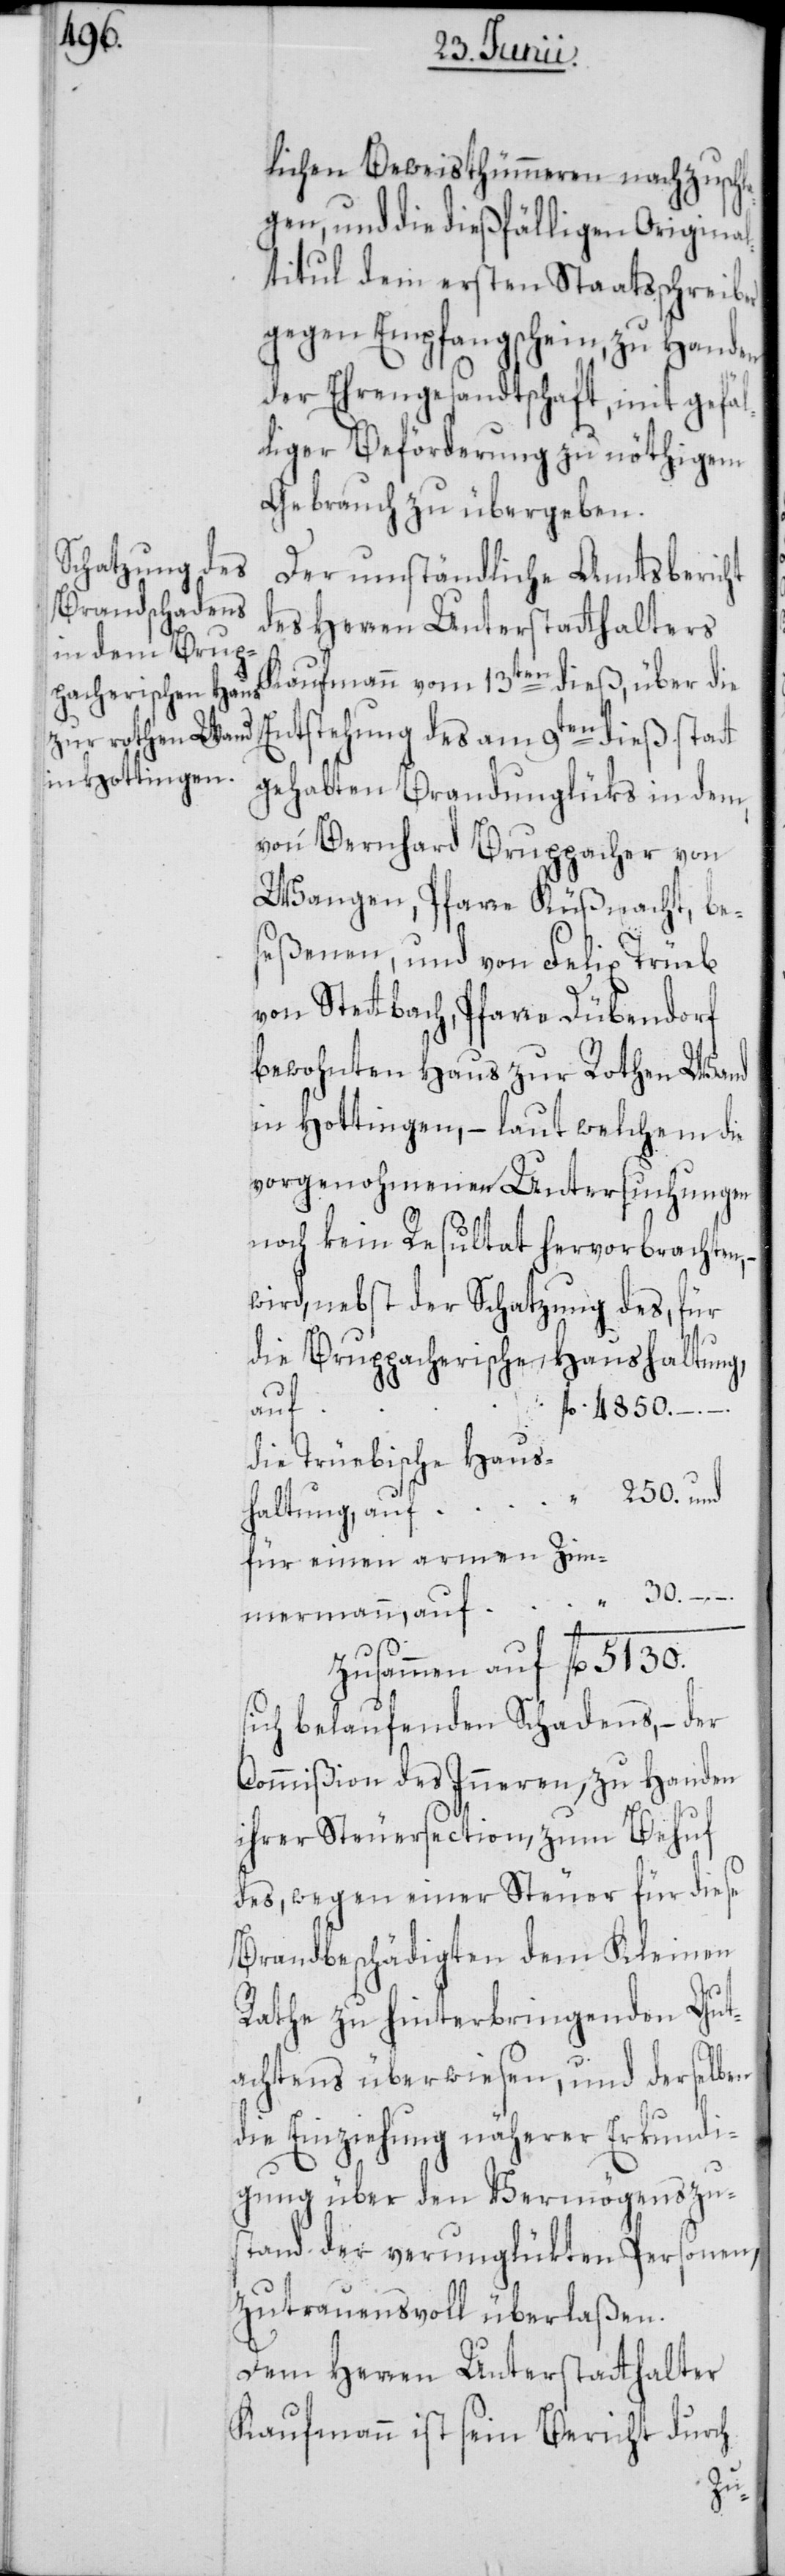
lichen Beweisthümmeren nachzuschl¬
agen, und die dießfälligen Original¬
titul dem ersten Staatsschreiber
gegen Empfangsschein, zu Handen
der Ehrengesandtschaft, mit gefäl¬
liger Beförderung zu nöthigem
Gebrauch zu übergeben.
Der umständliche Amtsbericht
des Herren Unterstatthalters
Kaufmann vom 13ten dieß, über die
Entstehung des am 9ten dieß statt
gehabten Brandunglüks in dem,
von Bernhard Bruppacher von
Wangen, Pfarre Küßnacht, be¬
seßenen, und von Felix Trüeb
von Stettbach, Pfarre Dübendorf,
bewohnten Haus zur Rothen Wand
in Hottingen, – laut welchem die
vorgenohmenen Untersuchungen
noch kein Resultat hervorbrachten,
wird, nebst der Schatzung des, für
die Bruppacherische Haushaltung,
“
auf
fl. 4850.
die Trüebische Haus¬
“ 250. und
haltung, auf
für einen armen Zim¬
30. –. –.
mermann, auf 30
zusammen auf fl. 5130.
sich belaufenden Schadens, – der
Commißion des Inneren, zu Handen
ihrer Steuersection, zum Behuf
des, wegen einer Steuer für diese
Brandbeschädigten dem Kleinen
Rathe zu hinterbringenden Gut¬
achtens überwiesen, und derselben
die Einziehung näherer Erkundi¬
gung über den Vermögenszu¬
stand der verunglükten Personen,
zutrauensvoll überlaßen.
Dem Herren Unterstatthalter
Kaufmann ist sein Bericht durch
–.